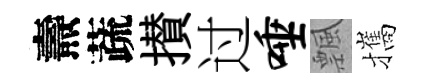
燾蔬攅过唾飄攜